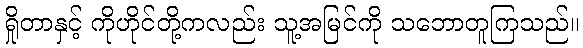
ရှိုတာနှင့် ကိုဟိုင်တို့ကလည်း သူ့အမြင်ကို သဘောတူကြသည်။